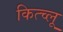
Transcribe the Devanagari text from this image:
कित्च्लू